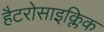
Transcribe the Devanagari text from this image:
हैटरोसाइक्लिक